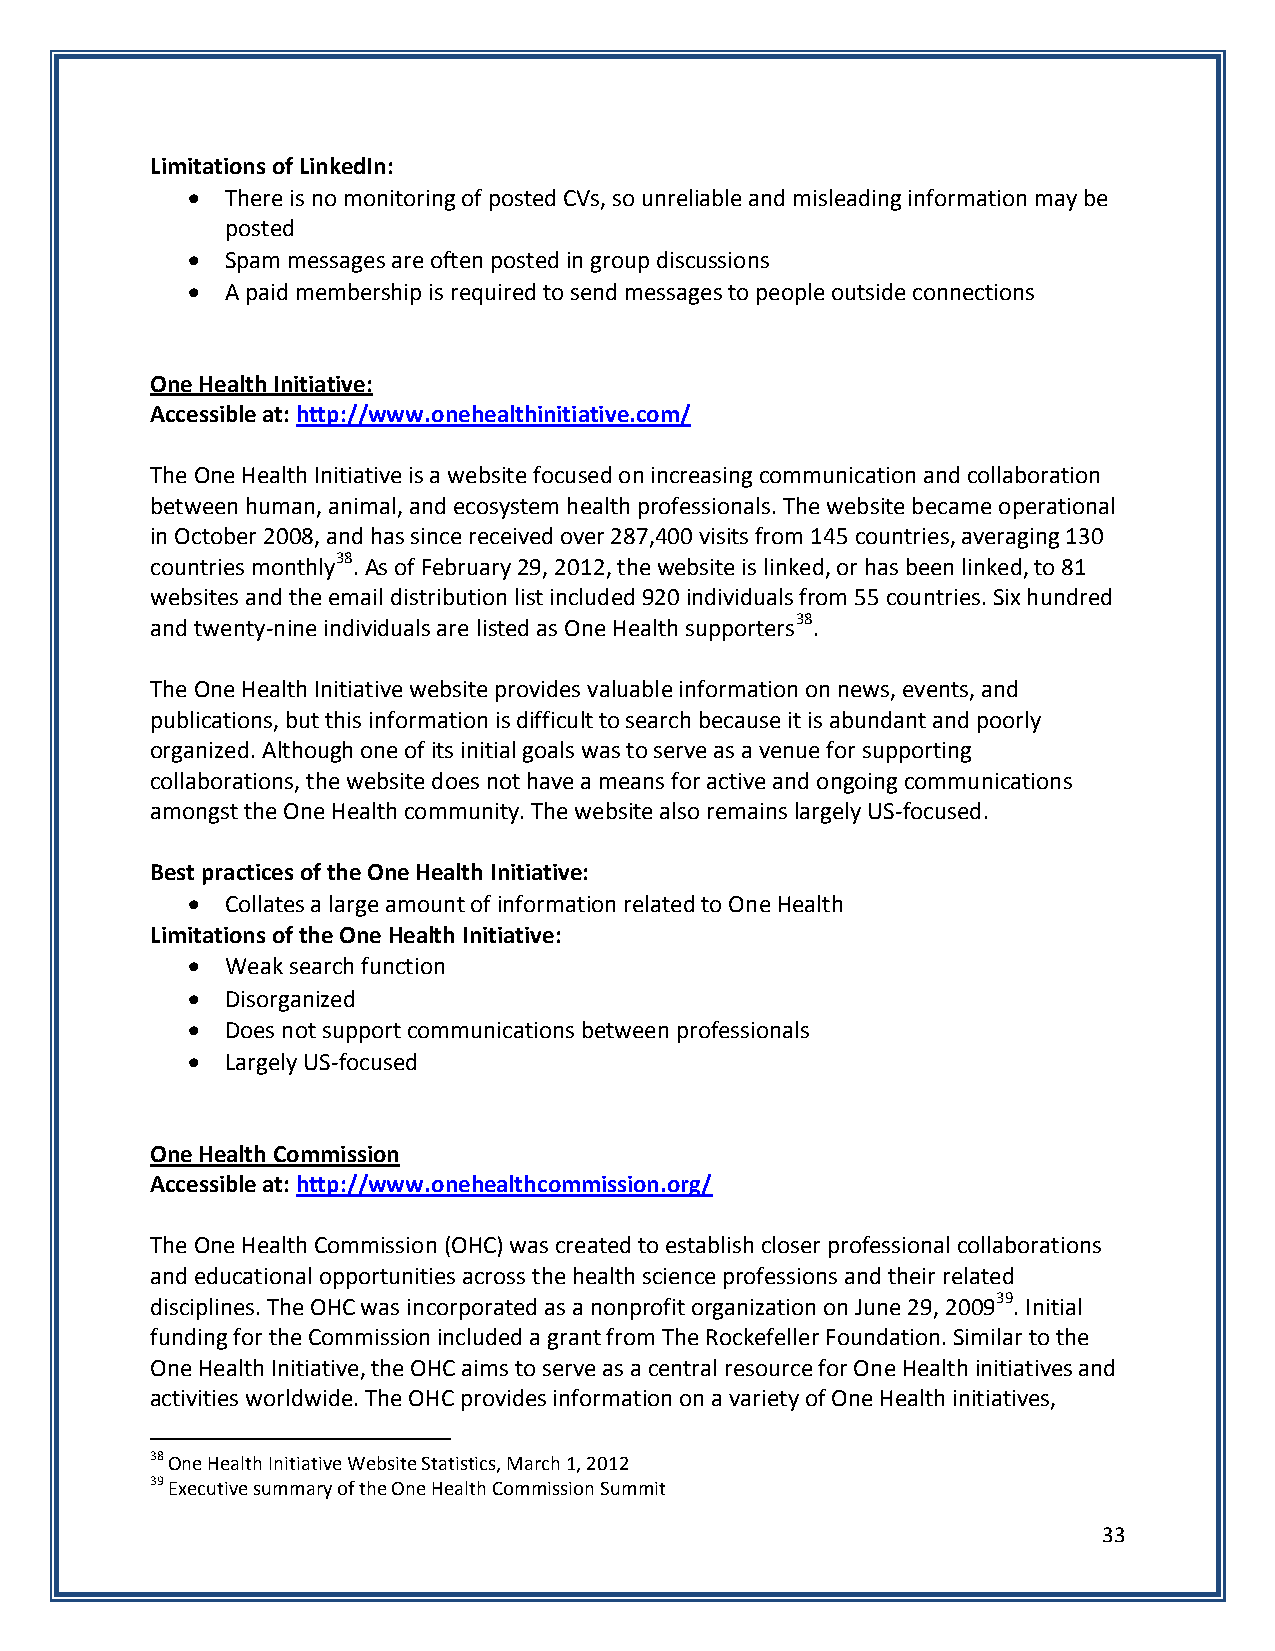
Limitations of LinkedIn:
   There is no monitoring of posted CVs, so unreliable and misleading information may be
 posted
   Spam messages are often posted in group discussions
   A paid membership is required to send messages to people outside connections
 One Health Initiative:
 Accessible at: http://www.onehealthinitiative.com/
 The One Health Initiative is a website focused on increasing communication and collaboration
 between human, animal, and ecosystem health professionals. The website became operational
 in October 2008, and has since received over 287,400 visits from 145 countries, averaging 130
 countries monthly38. As of February 29, 2012, the website is linked, or has been linked, to 81
 websites and the email distribution list included 920 individuals from 55 countries. Six hundred
 and twenty-nine individuals are listed as One Health supporters38.
 The One Health Initiative website provides valuable information on news, events, and
 publications, but this information is difficult to search because it is abundant and poorly
 organized. Although one of its initial goals was to serve as a venue for supporting
 collaborations, the website does not have a means for active and ongoing communications
 amongst the One Health community. The website also remains largely US-focused.
 Best practices of the One Health Initiative:
   Collates a large amount of information related to One Health
 Limitations of the One Health Initiative:
   Weak search function
   Disorganized
   Does not support communications between professionals
   Largely US-focused
 One Health Commission
 Accessible at: http://www.onehealthcommission.org/
 The One Health Commission (OHC) was created to establish closer professional collaborations
 and educational opportunities across the health science professions and their related
 disciplines. The OHC was incorporated as a nonprofit organization on June 29, 200939. Initial
 funding for the Commission included a grant from The Rockefeller Foundation. Similar to the
 One Health Initiative, the OHC aims to serve as a central resource for One Health initiatives and
 activities worldwide. The OHC provides information on a variety of One Health initiatives,
 38 One Health Initiative Website Statistics, March 1, 2012
 39 Executive summary of the One Health Commission Summit
 33